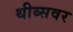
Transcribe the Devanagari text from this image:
थीब्सवर